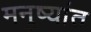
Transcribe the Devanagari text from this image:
मनुष्यांत